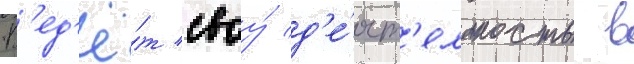
В'ед'ё́т своу́ д'е́ят'ельность в